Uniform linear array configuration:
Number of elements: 24
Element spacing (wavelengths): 0.5
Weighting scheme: kaiser
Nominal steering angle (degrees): -30
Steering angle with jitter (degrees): -28.545
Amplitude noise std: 0.05
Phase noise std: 0.05

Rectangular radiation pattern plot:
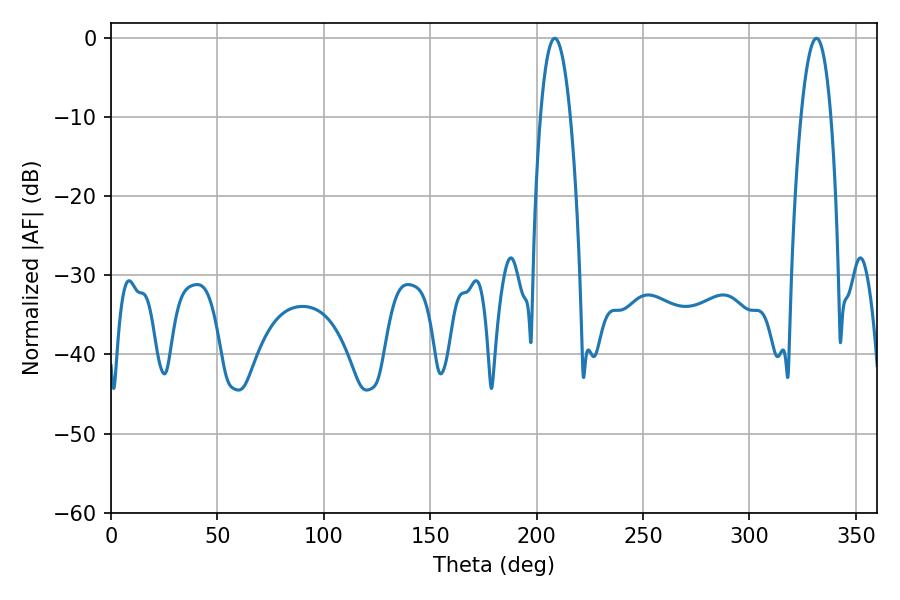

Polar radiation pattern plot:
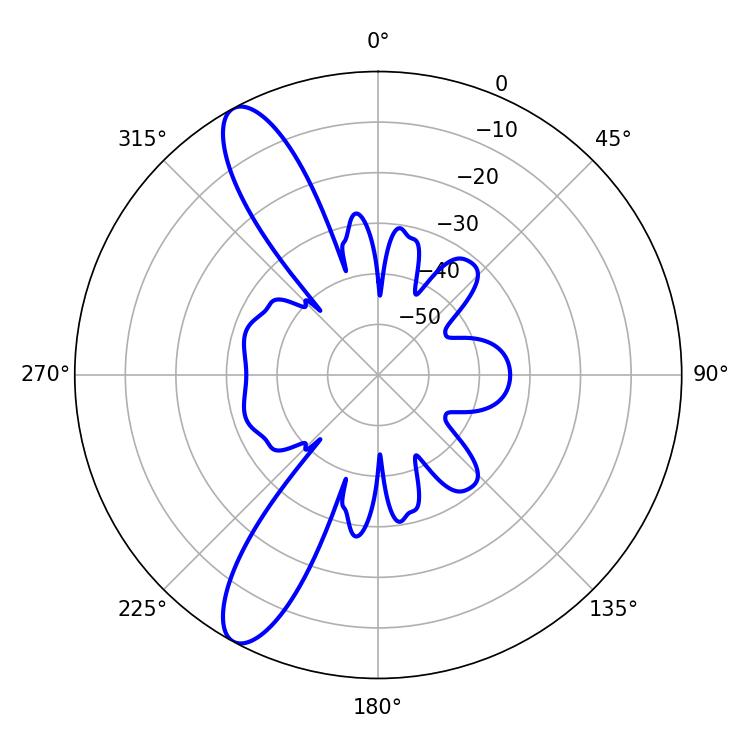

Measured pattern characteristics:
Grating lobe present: FALSE
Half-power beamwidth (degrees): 7.92
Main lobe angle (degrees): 208.44